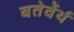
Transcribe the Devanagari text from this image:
बतेर्वेर्थ